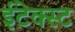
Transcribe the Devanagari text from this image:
ईटेक्स्ट